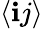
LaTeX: \langle\mathbf{i}j\rangle